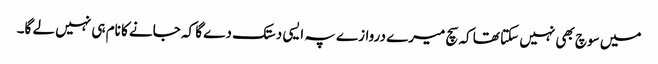
میں سوچ بھی نہیں سکتا تھا کہ سچ میرے دروازے پہ ایسی دستک دے گا کہ جانے کا نام ہی نہیں لے گا۔